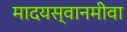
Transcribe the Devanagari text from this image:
मादयस्वानमीवा